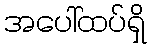
အပေါ်ထပ်ရှိ